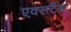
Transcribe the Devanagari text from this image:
एक्सटैंड